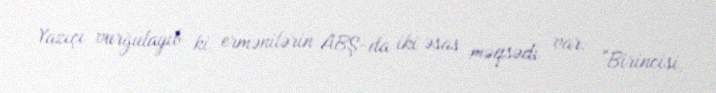
Yazıçı vurğulayıb ki, ermənilərin ABŞ-da iki əsas məqsədi var: "Birincisi,